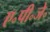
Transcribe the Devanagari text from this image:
ए॰पी॰जे॰